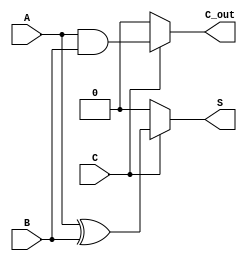
module Conditional_Half_Adder (
    input wire A,      // First single-bit input
    input wire B,      // Second single-bit input
    input wire C,      // Conditional control input
    output wire S,     // Sum output
    output wire C_out  // Carry output
);

// Conditional behavior
assign S = (C) ? (A ^ B) : 1'b0;      // Sum is A XOR B if C is 1, otherwise 0
assign C_out = (C) ? (A & B) : 1'b0;  // Carry is A AND B if C is 1, otherwise 0

endmodule